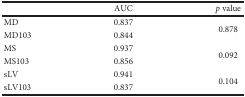
|  | AUC | p value |
 | --- | --- | --- |
 | MD | 0.837 | <ROWSPAN=2> 0.878 |
 | MD103 | 0.844 |
 | MS | 0.937 | <ROWSPAN=2> 0.092 |
 | MS103 | 0.856 |
 | sLV | 0.941 | <ROWSPAN=2> 0.104 |
 | sLV103 | 0.837 |